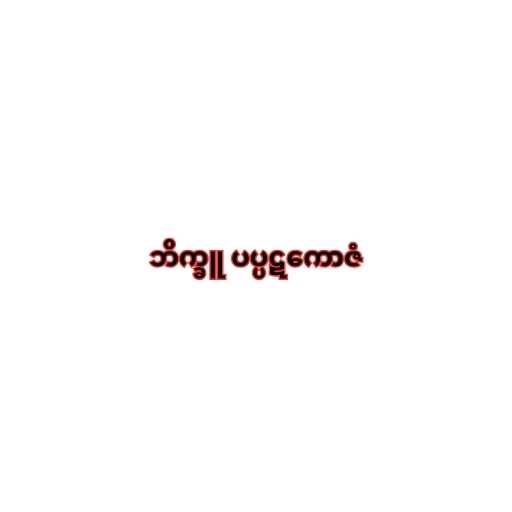
ဘိက္ခူ ပပ္ပဋကောဇံ